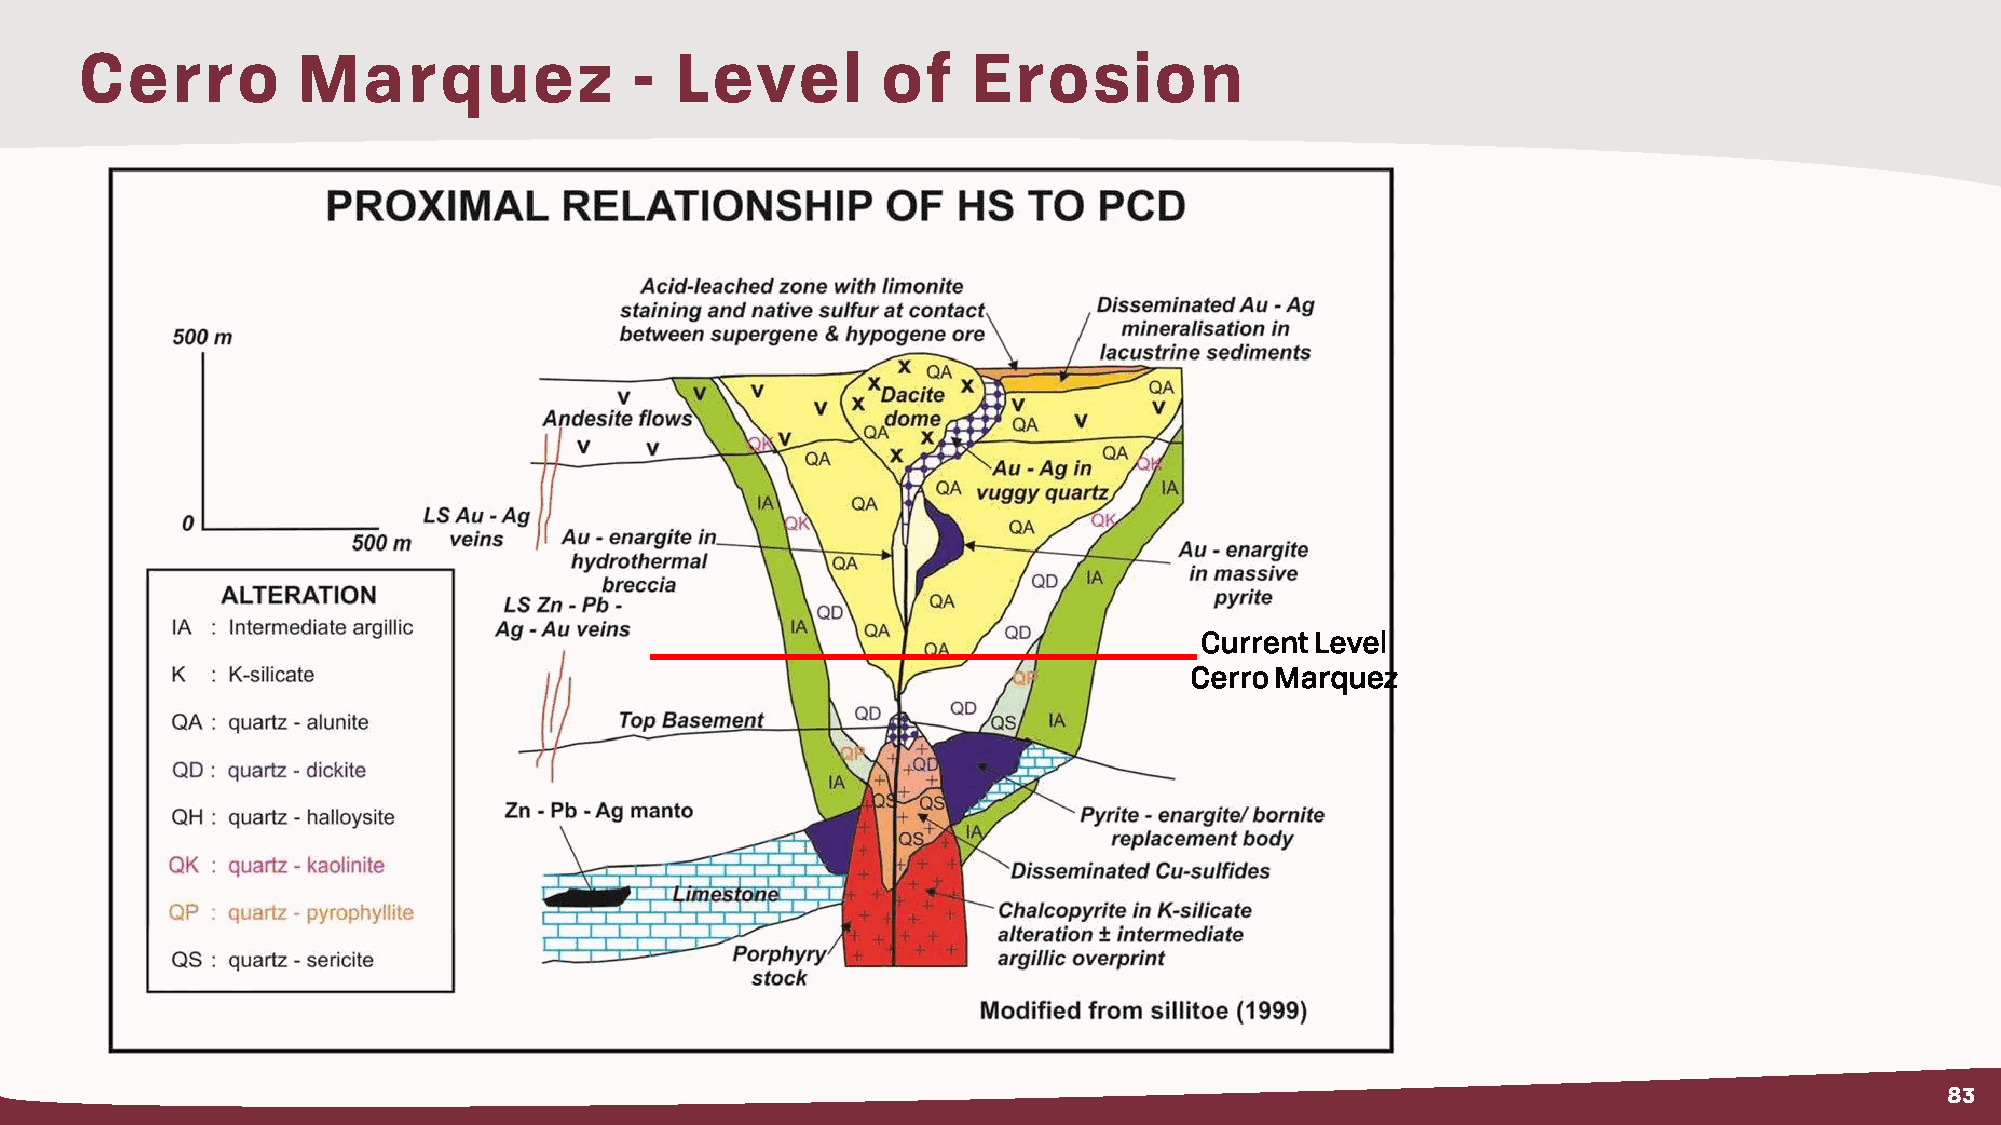
Cerro          Marquez               -  Level        of    Erosion
 CurrentLevel
 Cerro Marquez
 83